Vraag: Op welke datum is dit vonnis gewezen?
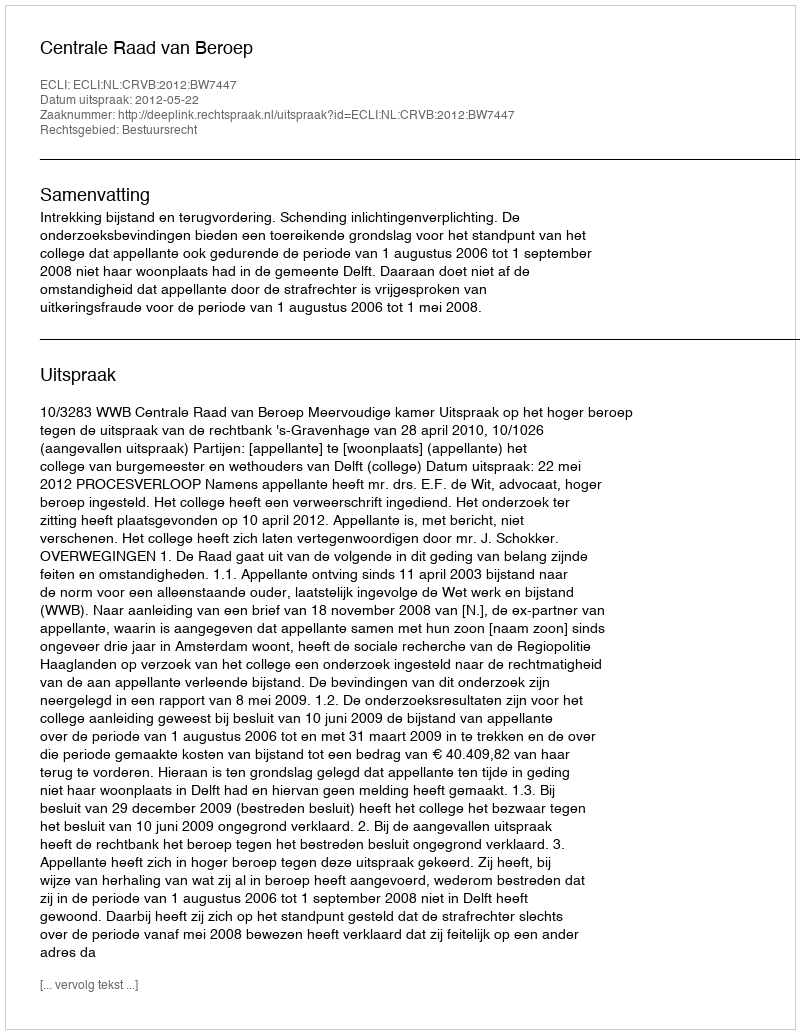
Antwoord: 2012-05-22